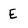
Character: E